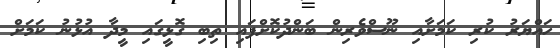
ހައްޔަރު ކުރި ކަމަށާއި ނޫސްވެރިން ބަންދުކޮށްފައި ތިބި ގޮޅީގައި މީދާ އުޅުނު ކަމަށް